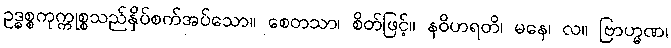
ဥဒ္ဓစ္စကုက္ကုစ္စသည်နှိပ်စက်အပ်သော။ စေတသာ၊ စိတ်ဖြင့်။ နဝိဟရတိ၊ မနေ၊ လ။ ဗြာဟ္မဏ၊